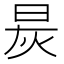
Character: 𬀯